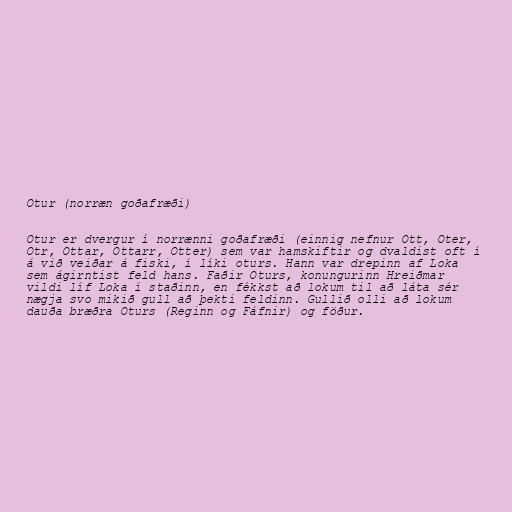
Otur (norræn goðafræði)

Otur er dvergur í norrænni goðafræði (einnig nefnur Ott, Oter,
Otr, Ottar, Ottarr, Otter) sem var hamskiftir og dvaldist oft í
á við veiðar á fiski, í líki oturs. Hann var drepinn af Loka
sem ágirntist feld hans. Faðir Oturs, konungurinn Hreiðmar
vildi líf Loka í staðinn, en fékkst að lokum til að láta sér
nægja svo mikið gull að þekti feldinn. Gullið olli að lokum
dauða bræðra Oturs (Reginn og Fáfnir) og föður.